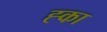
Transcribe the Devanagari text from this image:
ह्का